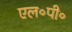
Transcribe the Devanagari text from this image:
एल॰पी॰